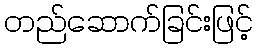
တည်ဆောက်ခြင်းဖြင့်